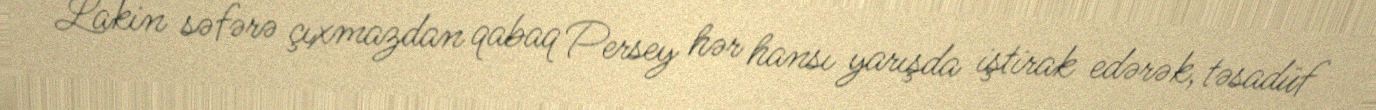
Lakin səfərə çıxmazdan qabaq Persey hər hansı yarışda iştirak edərək, təsadüf